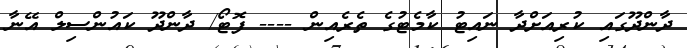
ދާންދޫގައި ކުރިއަށްދާ ނައިޓު ކާމެޓުގެ ތެރެއިން ---- ފޮޓޯ/ ދާންދޫ ކައުންސިލް އޭނާ